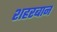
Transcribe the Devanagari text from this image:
शहरबान